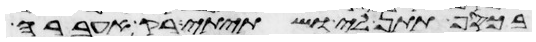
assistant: בכסף תתן לי ושתיתי רק אעברה